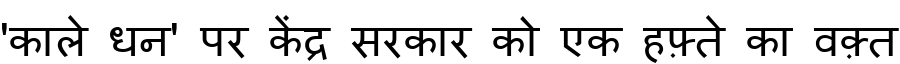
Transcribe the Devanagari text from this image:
'काले धन' पर केंद्र सरकार को एक हफ़्ते का वक़्त